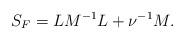
LaTeX: \begin{align*}S_F = L M^{-1} L + \nu^{-1} M . \end{align*}